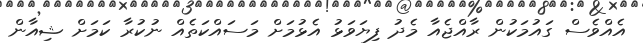
އެއްވެސް ގައުމަކުން ރާއްޖެއާ މެދު ފިޔަވަޅު އެޅުމަށް މަސައްކަތެއް ނުކުރާ ކަމަށް ޝިއާން